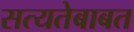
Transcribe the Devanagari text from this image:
सत्यतेबाबत